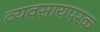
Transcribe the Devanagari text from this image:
व्यवसायपरक